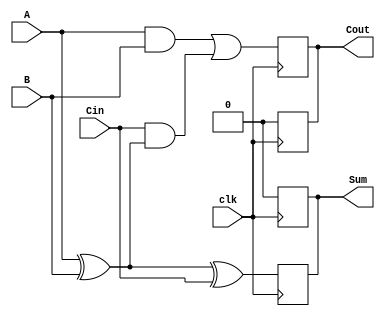
module DynamicFullAdder (
    input wire A,      // First input bit
    input wire B,      // Second input bit
    input wire Cin,    // Carry-in bit
    input wire clk,    // Clock signal
    output reg Sum,    // Sum output
    output reg Cout    // Carry-out output
);

    // Internal wires for intermediate calculations
    wire AxorB;    // Intermediate wire for A XOR B

    // Calculate A XOR B
    assign AxorB = A ^ B;

    always @(posedge clk) begin
        // Precharge phase
        Sum <= 1'b0;      // Precharge Sum to 0
        Cout <= 1'b0;     // Precharge Cout to 0
    end

    always @(negedge clk) begin
        // Evaluation phase
        Sum <= AxorB ^ Cin;                                 // Calculate Sum
        Cout <= (A & B) | (Cin & AxorB);                    // Calculate Cout
    end

endmodule